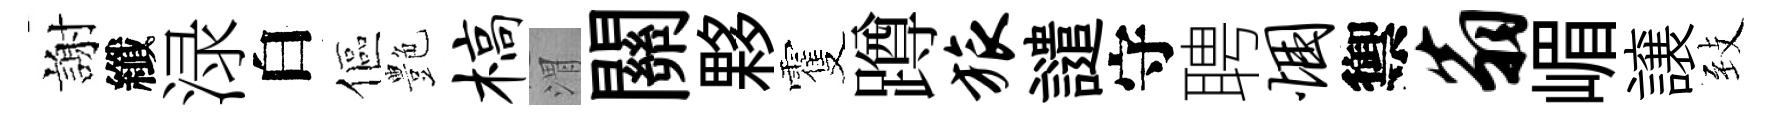
謝纖渌白傴艶槁渭關夥䨥蹲旅譴守聘悃禦翁嵋譲𦤺